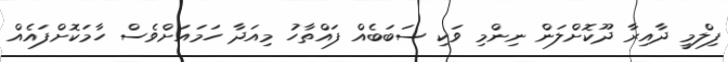
ފިލްމީ ދާއިރާ ދޫކޮށްލަން ނިންމި ވަކި ސަބަބެއް ފައްތާހު މިއަދާ ހަމައަށްވެސް ހާމަކޮށްފައެއް